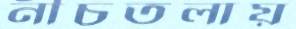
নীচতলায়